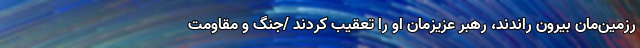
رزمین‌مان بیرون راندند، رهبر عزیزمان او را تعقیب کردند /جنگ و مقاومت